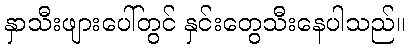
နှာသီးဖျားပေါ်တွင် နှင်းတွေသီးနေပါသည်။